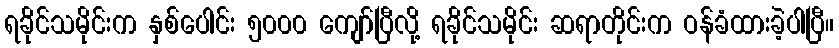
ရခိုင်သမိုင်းက နှစ်ပေါင်း ၅၀၀၀ ကျော်ပြီလို့ ရခိုင်သမိုင်း ဆရာတိုင်းက ဝန်ခံထားခဲ့ပါပြီ။